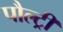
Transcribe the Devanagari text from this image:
पौल्ट्री